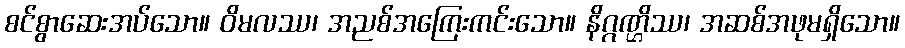
စင်စွာဆေးအပ်သော။ ဝိမလဿ၊ အညစ်အကြေးကင်းသော။ နိဂ္ဂဏ္ဌိဿ၊ အဆစ်အဖုမရှိသော။